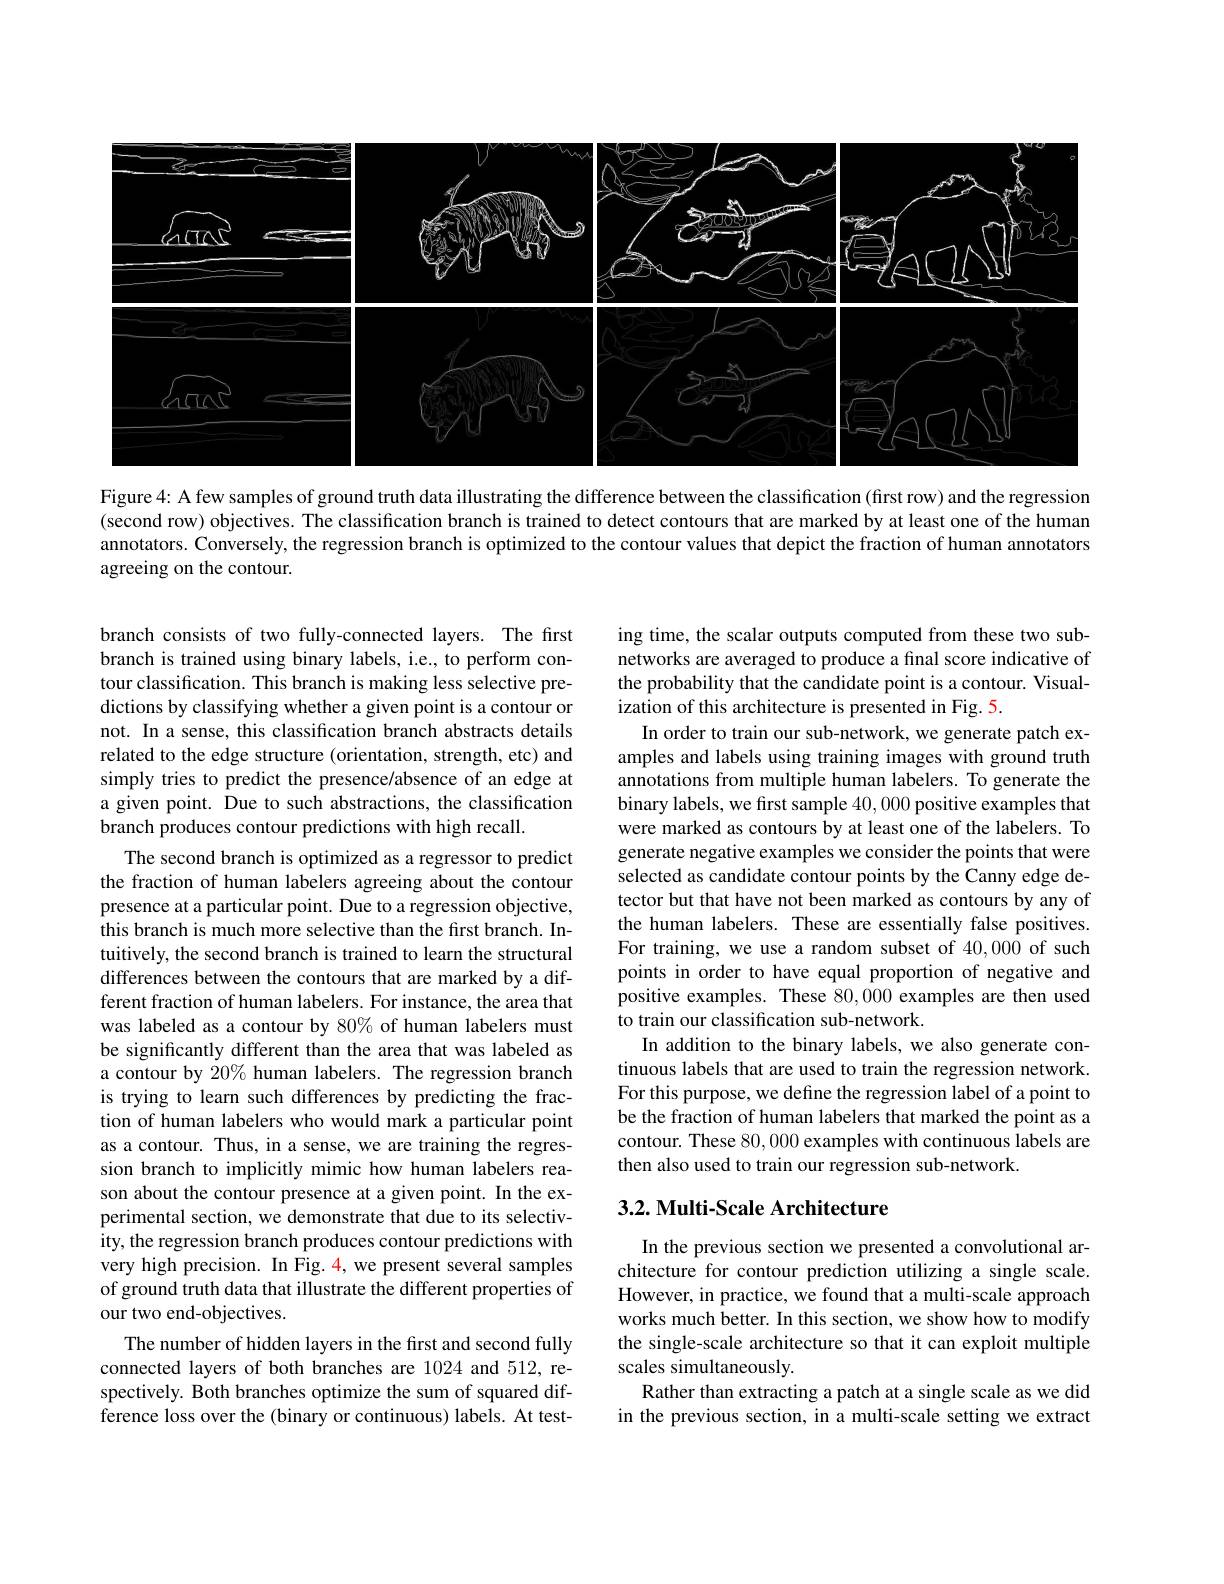
<FigureHere>

Figure 4: A few samples of ground truth data illustrating the difference between the classification (first row) and the regression (second row) objectives. The classification branch is trained to detect contours that are marked by at least one of the human annotators. Conversely, the regression branch is optimized to the contour values that depict the fraction of human annotators agreeing on the contour.

branch consists of two fully-connected layers. The first branch is trained using binary labels, i.e., to perform contour classification. This branch is making less selective predictions by classifying whether a given point is a contour or not. In a sense, this classification branch abstracts details related to the edge structure (orientation, strength, etc) and simply tries to predict the presence/absence of an edge at a given point. Due to such abstractions, the classification branch produces contour predictions with high recall.
The second branch is optimized as a regressor to predict the fraction of human labelers agreeing about the contour presence at a particular point. Due to a regression objective, this branch is much more selective than the first branch. Intuitively, the second branch is trained to learn the structural differences between the contours that are marked by a different fraction of human labelers. For instance, the area that was labeled as a contour by 80% of human labelers must be significantly different than the area that was labeled as a contour by 20% human labelers. The regression branch is trying to learn such differences by predicting the fraction of human labelers who would mark a particular point as a contour. Thus, in a sense, we are training the regression branch to implicitly mimic how human labelers reason about the contour presence at a given point. In the experimental section, we demonstrate that due to its selectivity, the regression branch produces contour predictions with very high precision. In Fig. 4, we present several samples of ground truth data that illustrate the different properties of our two end-objectives.
The number of hidden layers in the first and second fully connected layers of both branches are 1024 and 512, respectively. Both branches optimize the sum of squared difference loss over the (binary or continuous) labels. At test-

ing time, the scalar outputs computed from these two subnetworks are averaged to produce a final score indicative of the probability that the candidate point is a contour. Visualization of this architecture is presented in Fig.5

In order to train our sub-network, we generate patch examples and labels using training images with ground truth annotations from multiple human labelers. To generate the binary labels, we first sample 40,000 positive examples that were marked as contours by at least one of the labelers. To generate negative examples we consider the points that were selected as candidate contour points by the Canny edge detector but that have not been marked as contours by any of the human labelers. These are essentially false positives. For training, we use a random subset of 40,000 of such points in order to have equal proportion of negative and positive examples. These 80,000 examples are then used to train our classification sub-network.
In addition to the binary labels, we also generate continuous labels that are used to train the regression network For this purpose, we define the regression label of a point to be the fraction of human labelers that marked the point as a contour. These 80,000 examples with continuous labels are then also used to train our regression sub-network

## $3. 2. \textbf{ Multi- Scale Architecture}$

In the previous section we presented a convolutional architecture for contour prediction utilizing a single scale. However, in practice, we found that a multi-scale approach works much better. In this section, we show how to modify the single-scale architecture so that it can exploit multiple scales simultaneously
Rather than extracting a patch at a single scale as we did in the previous section, in a multi-scale setting we extract